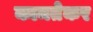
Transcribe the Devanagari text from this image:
कामतेकर